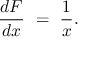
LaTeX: { \frac { d F } { d x } } \ = \ { \frac { 1 } { x } } .